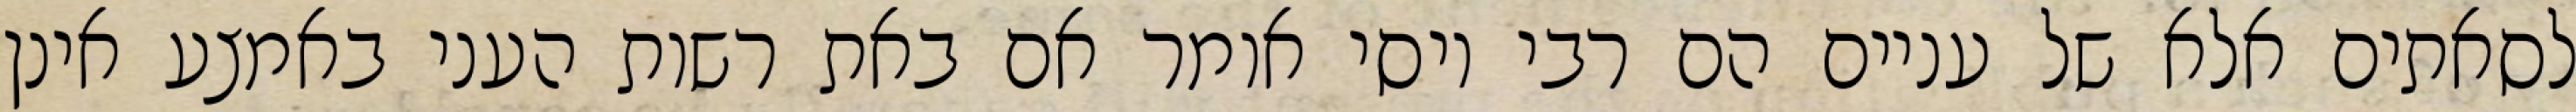
לסאתים אלא של עניים הם רבי יוסי אומר אם באת רשות העני באמצע אינן